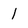
Character: 1